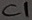
Text: C1